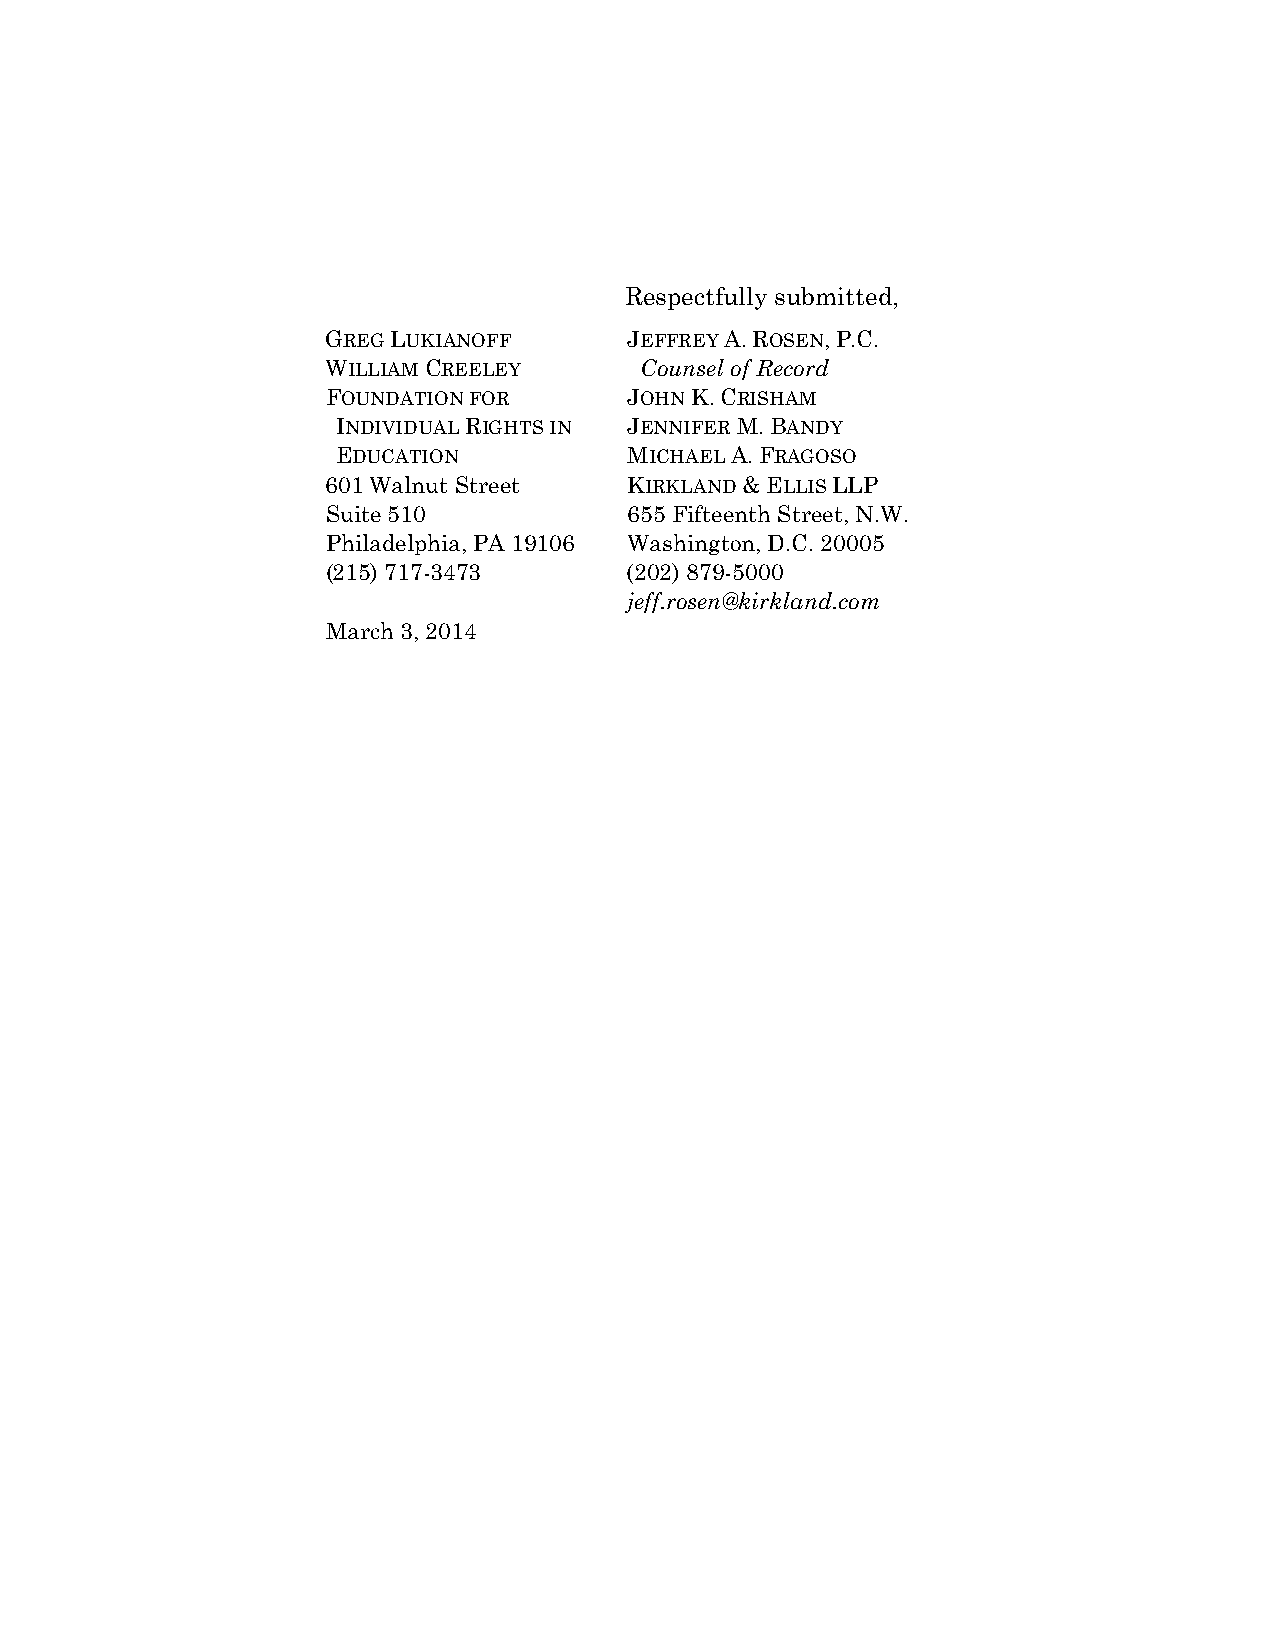
Respectfully submitted,
 GREG LUKIANOFF      JEFFREY A. ROSEN, P.C.
 WILLIAM CREELEY     Counsel of Record
 FOUNDATION FOR      JOHN K. CRISHAM
 INDIVIDUAL RIGHTS IN JENNIFER M. BANDY
 EDUCATION           MICHAEL A. FRAGOSO
 601 Walnut Street   KIRKLAND & ELLIS LLP
 Suite 510           655 Fifteenth Street, N.W.
 Philadelphia, PA 19106 Washington, D.C. 20005
 (215) 717-3473      (202) 879-5000
 jeff.rosen@kirkland.com
 March 3, 2014